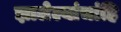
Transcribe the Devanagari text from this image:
झालेल्यांचांहि